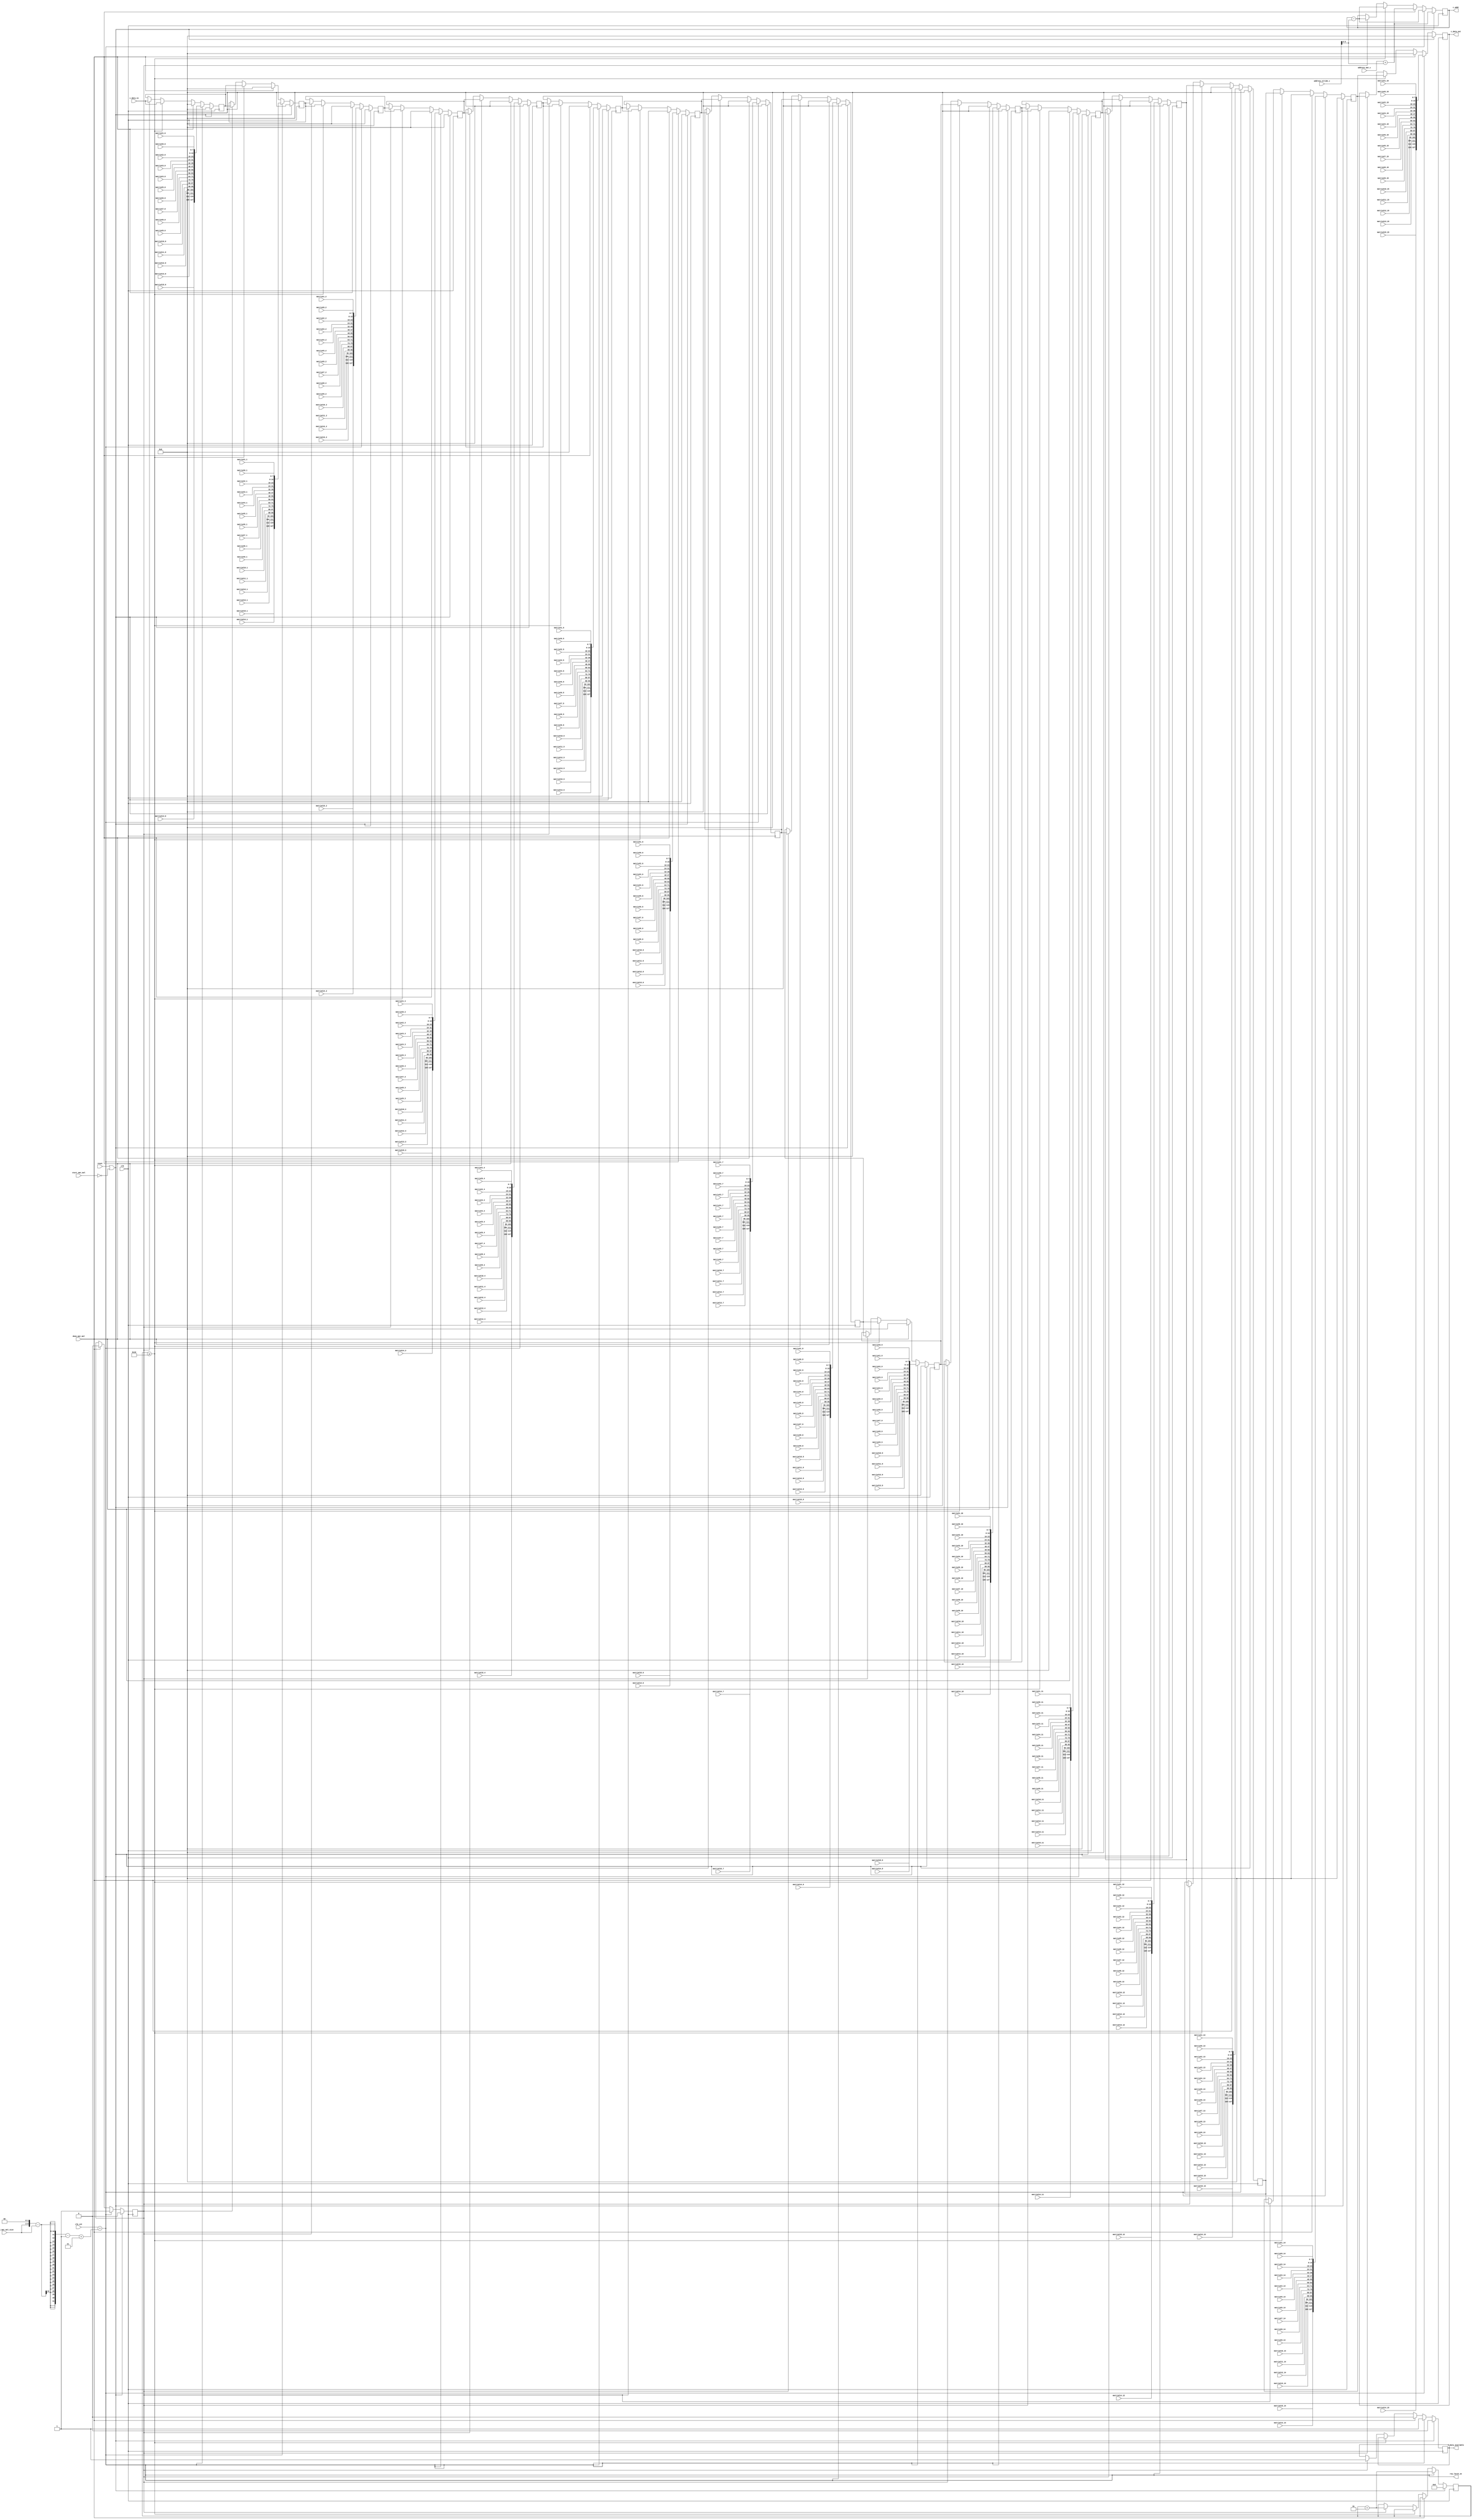
`define SIMULATION
`define DWIDTH 8
`define DESIGN_SIZE 16
`define LOG2_DESIGN_SIZE 5
`define MAT_MUL_SIZE 16
`define MASK_WIDTH 16
`define LOG2_MAT_MUL_SIZE 5
`define AWIDTH 10
`define NUM_CYCLES_IN_MAC 3
`define MEM_ACCESS_LATENCY 1
`define REG_DATAWIDTH 32
`define REG_ADDRWIDTH 8
`define ADDR_STRIDE_WIDTH 16
`define MAX_BITS_POOL 3
`define REG_ENABLES_ADDR 32'h0
`define REG_STDN_TPU_ADDR 32'h4
`define REG_MEAN_ADDR 32'h8
`define REG_INV_VAR_ADDR 32'hA
`define REG_MATRIX_A_ADDR 32'he
`define REG_MATRIX_B_ADDR 32'h12
`define REG_MATRIX_C_ADDR 32'h16
`define REG_ACCUM_ACTIONS_ADDR 32'h24
`define REG_MATRIX_A_STRIDE_ADDR 32'h28
`define REG_MATRIX_B_STRIDE_ADDR 32'h32
`define REG_MATRIX_C_STRIDE_ADDR 32'h36
`define REG_ACTIVATION_CSR_ADDR 32'h3A
`define REG_POOL_WINDOW_ADDR 32'h3E
`define REG_CONV_PARAMS_1_ADDR 32'h40
`define REG_CONV_PARAMS_2_ADDR 32'h44
`define REG_CONV_PARAMS_3_ADDR 32'h48
`define REG_CONV_PARAMS_4_ADDR 32'h4C
`define REG_BATCH_SIZE_ADDR 32'h50
`define REG_VALID_MASK_A_ROWS_ADDR 32'h20
`define REG_VALID_MASK_A_COLS_ADDR 32'h54
`define REG_VALID_MASK_B_ROWS_ADDR 32'h5c
`define REG_VALID_MASK_B_COLS_ADDR 32'h58
//This used to be a normal signal, but changing it to a `define.
`define final_mat_mul_size 16
`define IDLE     2'b00
`define W_ENABLE  2'b01
`define R_ENABLE  2'b10
`define STATE_INIT         4'b0000
`define STATE_MATMUL       4'b0001
`define STATE_NORM         4'b0010
`define STATE_POOL         4'b0011
`define STATE_ACTIVATION   4'b0100
`define STATE_DONE         4'b0101

module output_logic(
start_mat_mul,
done_mat_mul,
address_mat_c,
address_stride_c,
c_data_in,
c_data_out, //Data values going out to next matmul - systolic shifting
c_addr,
c_data_available,
clk_cnt,
row_latch_en,

final_mat_mul_size,
  matrixC0_0,
matrixC0_1,
matrixC0_2,
matrixC0_3,
matrixC0_4,
matrixC0_5,
matrixC0_6,
matrixC0_7,
matrixC0_8,
matrixC0_9,
matrixC0_10,
matrixC0_11,
matrixC0_12,
matrixC0_13,
matrixC0_14,
matrixC0_15,
matrixC1_0,
matrixC1_1,
matrixC1_2,
matrixC1_3,
matrixC1_4,
matrixC1_5,
matrixC1_6,
matrixC1_7,
matrixC1_8,
matrixC1_9,
matrixC1_10,
matrixC1_11,
matrixC1_12,
matrixC1_13,
matrixC1_14,
matrixC1_15,
matrixC2_0,
matrixC2_1,
matrixC2_2,
matrixC2_3,
matrixC2_4,
matrixC2_5,
matrixC2_6,
matrixC2_7,
matrixC2_8,
matrixC2_9,
matrixC2_10,
matrixC2_11,
matrixC2_12,
matrixC2_13,
matrixC2_14,
matrixC2_15,
matrixC3_0,
matrixC3_1,
matrixC3_2,
matrixC3_3,
matrixC3_4,
matrixC3_5,
matrixC3_6,
matrixC3_7,
matrixC3_8,
matrixC3_9,
matrixC3_10,
matrixC3_11,
matrixC3_12,
matrixC3_13,
matrixC3_14,
matrixC3_15,
matrixC4_0,
matrixC4_1,
matrixC4_2,
matrixC4_3,
matrixC4_4,
matrixC4_5,
matrixC4_6,
matrixC4_7,
matrixC4_8,
matrixC4_9,
matrixC4_10,
matrixC4_11,
matrixC4_12,
matrixC4_13,
matrixC4_14,
matrixC4_15,
matrixC5_0,
matrixC5_1,
matrixC5_2,
matrixC5_3,
matrixC5_4,
matrixC5_5,
matrixC5_6,
matrixC5_7,
matrixC5_8,
matrixC5_9,
matrixC5_10,
matrixC5_11,
matrixC5_12,
matrixC5_13,
matrixC5_14,
matrixC5_15,
matrixC6_0,
matrixC6_1,
matrixC6_2,
matrixC6_3,
matrixC6_4,
matrixC6_5,
matrixC6_6,
matrixC6_7,
matrixC6_8,
matrixC6_9,
matrixC6_10,
matrixC6_11,
matrixC6_12,
matrixC6_13,
matrixC6_14,
matrixC6_15,
matrixC7_0,
matrixC7_1,
matrixC7_2,
matrixC7_3,
matrixC7_4,
matrixC7_5,
matrixC7_6,
matrixC7_7,
matrixC7_8,
matrixC7_9,
matrixC7_10,
matrixC7_11,
matrixC7_12,
matrixC7_13,
matrixC7_14,
matrixC7_15,
matrixC8_0,
matrixC8_1,
matrixC8_2,
matrixC8_3,
matrixC8_4,
matrixC8_5,
matrixC8_6,
matrixC8_7,
matrixC8_8,
matrixC8_9,
matrixC8_10,
matrixC8_11,
matrixC8_12,
matrixC8_13,
matrixC8_14,
matrixC8_15,
matrixC9_0,
matrixC9_1,
matrixC9_2,
matrixC9_3,
matrixC9_4,
matrixC9_5,
matrixC9_6,
matrixC9_7,
matrixC9_8,
matrixC9_9,
matrixC9_10,
matrixC9_11,
matrixC9_12,
matrixC9_13,
matrixC9_14,
matrixC9_15,
matrixC10_0,
matrixC10_1,
matrixC10_2,
matrixC10_3,
matrixC10_4,
matrixC10_5,
matrixC10_6,
matrixC10_7,
matrixC10_8,
matrixC10_9,
matrixC10_10,
matrixC10_11,
matrixC10_12,
matrixC10_13,
matrixC10_14,
matrixC10_15,
matrixC11_0,
matrixC11_1,
matrixC11_2,
matrixC11_3,
matrixC11_4,
matrixC11_5,
matrixC11_6,
matrixC11_7,
matrixC11_8,
matrixC11_9,
matrixC11_10,
matrixC11_11,
matrixC11_12,
matrixC11_13,
matrixC11_14,
matrixC11_15,
matrixC12_0,
matrixC12_1,
matrixC12_2,
matrixC12_3,
matrixC12_4,
matrixC12_5,
matrixC12_6,
matrixC12_7,
matrixC12_8,
matrixC12_9,
matrixC12_10,
matrixC12_11,
matrixC12_12,
matrixC12_13,
matrixC12_14,
matrixC12_15,
matrixC13_0,
matrixC13_1,
matrixC13_2,
matrixC13_3,
matrixC13_4,
matrixC13_5,
matrixC13_6,
matrixC13_7,
matrixC13_8,
matrixC13_9,
matrixC13_10,
matrixC13_11,
matrixC13_12,
matrixC13_13,
matrixC13_14,
matrixC13_15,
matrixC14_0,
matrixC14_1,
matrixC14_2,
matrixC14_3,
matrixC14_4,
matrixC14_5,
matrixC14_6,
matrixC14_7,
matrixC14_8,
matrixC14_9,
matrixC14_10,
matrixC14_11,
matrixC14_12,
matrixC14_13,
matrixC14_14,
matrixC14_15,
matrixC15_0,
matrixC15_1,
matrixC15_2,
matrixC15_3,
matrixC15_4,
matrixC15_5,
matrixC15_6,
matrixC15_7,
matrixC15_8,
matrixC15_9,
matrixC15_10,
matrixC15_11,
matrixC15_12,
matrixC15_13,
matrixC15_14,
matrixC15_15,

clk,
reset
);

input clk;
input reset;
input start_mat_mul;
input done_mat_mul;
input [`AWIDTH-1:0] address_mat_c;
input [`ADDR_STRIDE_WIDTH-1:0] address_stride_c;
input [`MAT_MUL_SIZE*`DWIDTH-1:0] c_data_in;
output [`MAT_MUL_SIZE*`DWIDTH-1:0] c_data_out;
output [`AWIDTH-1:0] c_addr;
output c_data_available;
input [7:0] clk_cnt;
output row_latch_en;

input [7:0] final_mat_mul_size;
  input [`DWIDTH-1:0] matrixC0_0;
input [`DWIDTH-1:0] matrixC0_1;
input [`DWIDTH-1:0] matrixC0_2;
input [`DWIDTH-1:0] matrixC0_3;
input [`DWIDTH-1:0] matrixC0_4;
input [`DWIDTH-1:0] matrixC0_5;
input [`DWIDTH-1:0] matrixC0_6;
input [`DWIDTH-1:0] matrixC0_7;
input [`DWIDTH-1:0] matrixC0_8;
input [`DWIDTH-1:0] matrixC0_9;
input [`DWIDTH-1:0] matrixC0_10;
input [`DWIDTH-1:0] matrixC0_11;
input [`DWIDTH-1:0] matrixC0_12;
input [`DWIDTH-1:0] matrixC0_13;
input [`DWIDTH-1:0] matrixC0_14;
input [`DWIDTH-1:0] matrixC0_15;
input [`DWIDTH-1:0] matrixC1_0;
input [`DWIDTH-1:0] matrixC1_1;
input [`DWIDTH-1:0] matrixC1_2;
input [`DWIDTH-1:0] matrixC1_3;
input [`DWIDTH-1:0] matrixC1_4;
input [`DWIDTH-1:0] matrixC1_5;
input [`DWIDTH-1:0] matrixC1_6;
input [`DWIDTH-1:0] matrixC1_7;
input [`DWIDTH-1:0] matrixC1_8;
input [`DWIDTH-1:0] matrixC1_9;
input [`DWIDTH-1:0] matrixC1_10;
input [`DWIDTH-1:0] matrixC1_11;
input [`DWIDTH-1:0] matrixC1_12;
input [`DWIDTH-1:0] matrixC1_13;
input [`DWIDTH-1:0] matrixC1_14;
input [`DWIDTH-1:0] matrixC1_15;
input [`DWIDTH-1:0] matrixC2_0;
input [`DWIDTH-1:0] matrixC2_1;
input [`DWIDTH-1:0] matrixC2_2;
input [`DWIDTH-1:0] matrixC2_3;
input [`DWIDTH-1:0] matrixC2_4;
input [`DWIDTH-1:0] matrixC2_5;
input [`DWIDTH-1:0] matrixC2_6;
input [`DWIDTH-1:0] matrixC2_7;
input [`DWIDTH-1:0] matrixC2_8;
input [`DWIDTH-1:0] matrixC2_9;
input [`DWIDTH-1:0] matrixC2_10;
input [`DWIDTH-1:0] matrixC2_11;
input [`DWIDTH-1:0] matrixC2_12;
input [`DWIDTH-1:0] matrixC2_13;
input [`DWIDTH-1:0] matrixC2_14;
input [`DWIDTH-1:0] matrixC2_15;
input [`DWIDTH-1:0] matrixC3_0;
input [`DWIDTH-1:0] matrixC3_1;
input [`DWIDTH-1:0] matrixC3_2;
input [`DWIDTH-1:0] matrixC3_3;
input [`DWIDTH-1:0] matrixC3_4;
input [`DWIDTH-1:0] matrixC3_5;
input [`DWIDTH-1:0] matrixC3_6;
input [`DWIDTH-1:0] matrixC3_7;
input [`DWIDTH-1:0] matrixC3_8;
input [`DWIDTH-1:0] matrixC3_9;
input [`DWIDTH-1:0] matrixC3_10;
input [`DWIDTH-1:0] matrixC3_11;
input [`DWIDTH-1:0] matrixC3_12;
input [`DWIDTH-1:0] matrixC3_13;
input [`DWIDTH-1:0] matrixC3_14;
input [`DWIDTH-1:0] matrixC3_15;
input [`DWIDTH-1:0] matrixC4_0;
input [`DWIDTH-1:0] matrixC4_1;
input [`DWIDTH-1:0] matrixC4_2;
input [`DWIDTH-1:0] matrixC4_3;
input [`DWIDTH-1:0] matrixC4_4;
input [`DWIDTH-1:0] matrixC4_5;
input [`DWIDTH-1:0] matrixC4_6;
input [`DWIDTH-1:0] matrixC4_7;
input [`DWIDTH-1:0] matrixC4_8;
input [`DWIDTH-1:0] matrixC4_9;
input [`DWIDTH-1:0] matrixC4_10;
input [`DWIDTH-1:0] matrixC4_11;
input [`DWIDTH-1:0] matrixC4_12;
input [`DWIDTH-1:0] matrixC4_13;
input [`DWIDTH-1:0] matrixC4_14;
input [`DWIDTH-1:0] matrixC4_15;
input [`DWIDTH-1:0] matrixC5_0;
input [`DWIDTH-1:0] matrixC5_1;
input [`DWIDTH-1:0] matrixC5_2;
input [`DWIDTH-1:0] matrixC5_3;
input [`DWIDTH-1:0] matrixC5_4;
input [`DWIDTH-1:0] matrixC5_5;
input [`DWIDTH-1:0] matrixC5_6;
input [`DWIDTH-1:0] matrixC5_7;
input [`DWIDTH-1:0] matrixC5_8;
input [`DWIDTH-1:0] matrixC5_9;
input [`DWIDTH-1:0] matrixC5_10;
input [`DWIDTH-1:0] matrixC5_11;
input [`DWIDTH-1:0] matrixC5_12;
input [`DWIDTH-1:0] matrixC5_13;
input [`DWIDTH-1:0] matrixC5_14;
input [`DWIDTH-1:0] matrixC5_15;
input [`DWIDTH-1:0] matrixC6_0;
input [`DWIDTH-1:0] matrixC6_1;
input [`DWIDTH-1:0] matrixC6_2;
input [`DWIDTH-1:0] matrixC6_3;
input [`DWIDTH-1:0] matrixC6_4;
input [`DWIDTH-1:0] matrixC6_5;
input [`DWIDTH-1:0] matrixC6_6;
input [`DWIDTH-1:0] matrixC6_7;
input [`DWIDTH-1:0] matrixC6_8;
input [`DWIDTH-1:0] matrixC6_9;
input [`DWIDTH-1:0] matrixC6_10;
input [`DWIDTH-1:0] matrixC6_11;
input [`DWIDTH-1:0] matrixC6_12;
input [`DWIDTH-1:0] matrixC6_13;
input [`DWIDTH-1:0] matrixC6_14;
input [`DWIDTH-1:0] matrixC6_15;
input [`DWIDTH-1:0] matrixC7_0;
input [`DWIDTH-1:0] matrixC7_1;
input [`DWIDTH-1:0] matrixC7_2;
input [`DWIDTH-1:0] matrixC7_3;
input [`DWIDTH-1:0] matrixC7_4;
input [`DWIDTH-1:0] matrixC7_5;
input [`DWIDTH-1:0] matrixC7_6;
input [`DWIDTH-1:0] matrixC7_7;
input [`DWIDTH-1:0] matrixC7_8;
input [`DWIDTH-1:0] matrixC7_9;
input [`DWIDTH-1:0] matrixC7_10;
input [`DWIDTH-1:0] matrixC7_11;
input [`DWIDTH-1:0] matrixC7_12;
input [`DWIDTH-1:0] matrixC7_13;
input [`DWIDTH-1:0] matrixC7_14;
input [`DWIDTH-1:0] matrixC7_15;
input [`DWIDTH-1:0] matrixC8_0;
input [`DWIDTH-1:0] matrixC8_1;
input [`DWIDTH-1:0] matrixC8_2;
input [`DWIDTH-1:0] matrixC8_3;
input [`DWIDTH-1:0] matrixC8_4;
input [`DWIDTH-1:0] matrixC8_5;
input [`DWIDTH-1:0] matrixC8_6;
input [`DWIDTH-1:0] matrixC8_7;
input [`DWIDTH-1:0] matrixC8_8;
input [`DWIDTH-1:0] matrixC8_9;
input [`DWIDTH-1:0] matrixC8_10;
input [`DWIDTH-1:0] matrixC8_11;
input [`DWIDTH-1:0] matrixC8_12;
input [`DWIDTH-1:0] matrixC8_13;
input [`DWIDTH-1:0] matrixC8_14;
input [`DWIDTH-1:0] matrixC8_15;
input [`DWIDTH-1:0] matrixC9_0;
input [`DWIDTH-1:0] matrixC9_1;
input [`DWIDTH-1:0] matrixC9_2;
input [`DWIDTH-1:0] matrixC9_3;
input [`DWIDTH-1:0] matrixC9_4;
input [`DWIDTH-1:0] matrixC9_5;
input [`DWIDTH-1:0] matrixC9_6;
input [`DWIDTH-1:0] matrixC9_7;
input [`DWIDTH-1:0] matrixC9_8;
input [`DWIDTH-1:0] matrixC9_9;
input [`DWIDTH-1:0] matrixC9_10;
input [`DWIDTH-1:0] matrixC9_11;
input [`DWIDTH-1:0] matrixC9_12;
input [`DWIDTH-1:0] matrixC9_13;
input [`DWIDTH-1:0] matrixC9_14;
input [`DWIDTH-1:0] matrixC9_15;
input [`DWIDTH-1:0] matrixC10_0;
input [`DWIDTH-1:0] matrixC10_1;
input [`DWIDTH-1:0] matrixC10_2;
input [`DWIDTH-1:0] matrixC10_3;
input [`DWIDTH-1:0] matrixC10_4;
input [`DWIDTH-1:0] matrixC10_5;
input [`DWIDTH-1:0] matrixC10_6;
input [`DWIDTH-1:0] matrixC10_7;
input [`DWIDTH-1:0] matrixC10_8;
input [`DWIDTH-1:0] matrixC10_9;
input [`DWIDTH-1:0] matrixC10_10;
input [`DWIDTH-1:0] matrixC10_11;
input [`DWIDTH-1:0] matrixC10_12;
input [`DWIDTH-1:0] matrixC10_13;
input [`DWIDTH-1:0] matrixC10_14;
input [`DWIDTH-1:0] matrixC10_15;
input [`DWIDTH-1:0] matrixC11_0;
input [`DWIDTH-1:0] matrixC11_1;
input [`DWIDTH-1:0] matrixC11_2;
input [`DWIDTH-1:0] matrixC11_3;
input [`DWIDTH-1:0] matrixC11_4;
input [`DWIDTH-1:0] matrixC11_5;
input [`DWIDTH-1:0] matrixC11_6;
input [`DWIDTH-1:0] matrixC11_7;
input [`DWIDTH-1:0] matrixC11_8;
input [`DWIDTH-1:0] matrixC11_9;
input [`DWIDTH-1:0] matrixC11_10;
input [`DWIDTH-1:0] matrixC11_11;
input [`DWIDTH-1:0] matrixC11_12;
input [`DWIDTH-1:0] matrixC11_13;
input [`DWIDTH-1:0] matrixC11_14;
input [`DWIDTH-1:0] matrixC11_15;
input [`DWIDTH-1:0] matrixC12_0;
input [`DWIDTH-1:0] matrixC12_1;
input [`DWIDTH-1:0] matrixC12_2;
input [`DWIDTH-1:0] matrixC12_3;
input [`DWIDTH-1:0] matrixC12_4;
input [`DWIDTH-1:0] matrixC12_5;
input [`DWIDTH-1:0] matrixC12_6;
input [`DWIDTH-1:0] matrixC12_7;
input [`DWIDTH-1:0] matrixC12_8;
input [`DWIDTH-1:0] matrixC12_9;
input [`DWIDTH-1:0] matrixC12_10;
input [`DWIDTH-1:0] matrixC12_11;
input [`DWIDTH-1:0] matrixC12_12;
input [`DWIDTH-1:0] matrixC12_13;
input [`DWIDTH-1:0] matrixC12_14;
input [`DWIDTH-1:0] matrixC12_15;
input [`DWIDTH-1:0] matrixC13_0;
input [`DWIDTH-1:0] matrixC13_1;
input [`DWIDTH-1:0] matrixC13_2;
input [`DWIDTH-1:0] matrixC13_3;
input [`DWIDTH-1:0] matrixC13_4;
input [`DWIDTH-1:0] matrixC13_5;
input [`DWIDTH-1:0] matrixC13_6;
input [`DWIDTH-1:0] matrixC13_7;
input [`DWIDTH-1:0] matrixC13_8;
input [`DWIDTH-1:0] matrixC13_9;
input [`DWIDTH-1:0] matrixC13_10;
input [`DWIDTH-1:0] matrixC13_11;
input [`DWIDTH-1:0] matrixC13_12;
input [`DWIDTH-1:0] matrixC13_13;
input [`DWIDTH-1:0] matrixC13_14;
input [`DWIDTH-1:0] matrixC13_15;
input [`DWIDTH-1:0] matrixC14_0;
input [`DWIDTH-1:0] matrixC14_1;
input [`DWIDTH-1:0] matrixC14_2;
input [`DWIDTH-1:0] matrixC14_3;
input [`DWIDTH-1:0] matrixC14_4;
input [`DWIDTH-1:0] matrixC14_5;
input [`DWIDTH-1:0] matrixC14_6;
input [`DWIDTH-1:0] matrixC14_7;
input [`DWIDTH-1:0] matrixC14_8;
input [`DWIDTH-1:0] matrixC14_9;
input [`DWIDTH-1:0] matrixC14_10;
input [`DWIDTH-1:0] matrixC14_11;
input [`DWIDTH-1:0] matrixC14_12;
input [`DWIDTH-1:0] matrixC14_13;
input [`DWIDTH-1:0] matrixC14_14;
input [`DWIDTH-1:0] matrixC14_15;
input [`DWIDTH-1:0] matrixC15_0;
input [`DWIDTH-1:0] matrixC15_1;
input [`DWIDTH-1:0] matrixC15_2;
input [`DWIDTH-1:0] matrixC15_3;
input [`DWIDTH-1:0] matrixC15_4;
input [`DWIDTH-1:0] matrixC15_5;
input [`DWIDTH-1:0] matrixC15_6;
input [`DWIDTH-1:0] matrixC15_7;
input [`DWIDTH-1:0] matrixC15_8;
input [`DWIDTH-1:0] matrixC15_9;
input [`DWIDTH-1:0] matrixC15_10;
input [`DWIDTH-1:0] matrixC15_11;
input [`DWIDTH-1:0] matrixC15_12;
input [`DWIDTH-1:0] matrixC15_13;
input [`DWIDTH-1:0] matrixC15_14;
input [`DWIDTH-1:0] matrixC15_15;
wire row_latch_en;


//////////////////////////////////////////////////////////////////////////
// Logic to capture matrix C data from the PEs and shift it out
//////////////////////////////////////////////////////////////////////////
//assign row_latch_en = (clk_cnt==(`MAT_MUL_SIZE + (a_loc+b_loc) * `BB_MAT_MUL_SIZE + 10 +  `NUM_CYCLES_IN_MAC - 1));
//Writing the line above to avoid multiplication:
//assign row_latch_en = (clk_cnt==(`MAT_MUL_SIZE + ((a_loc+b_loc) << `LOG2_MAT_MUL_SIZE) + 10 +  `NUM_CYCLES_IN_MAC - 1));

assign row_latch_en =  
                       ((clk_cnt == ((final_mat_mul_size<<2) - final_mat_mul_size - 1 +`NUM_CYCLES_IN_MAC)));
    
reg c_data_available;
reg [`AWIDTH-1:0] c_addr;
reg start_capturing_c_data;
integer counter;
reg [16*`DWIDTH-1:0] c_data_out;
reg [16*`DWIDTH-1:0] c_data_out_1;
reg [16*`DWIDTH-1:0] c_data_out_2;
reg [16*`DWIDTH-1:0] c_data_out_3;
reg [16*`DWIDTH-1:0] c_data_out_4;
reg [16*`DWIDTH-1:0] c_data_out_5;
reg [16*`DWIDTH-1:0] c_data_out_6;
reg [16*`DWIDTH-1:0] c_data_out_7;
reg [16*`DWIDTH-1:0] c_data_out_8;
reg [16*`DWIDTH-1:0] c_data_out_9;
reg [16*`DWIDTH-1:0] c_data_out_10;
reg [16*`DWIDTH-1:0] c_data_out_11;
reg [16*`DWIDTH-1:0] c_data_out_12;
reg [16*`DWIDTH-1:0] c_data_out_13;
reg [16*`DWIDTH-1:0] c_data_out_14;
reg [16*`DWIDTH-1:0] c_data_out_15;
wire condition_to_start_shifting_output;
assign condition_to_start_shifting_output = 
                          row_latch_en ;  

  
//For larger matmuls, this logic will have more entries in the case statement
always @(posedge clk) begin
  if (reset | ~start_mat_mul) begin
    start_capturing_c_data <= 1'b0;
    c_data_available <= 1'b0;
    c_addr <= address_mat_c + address_stride_c;
    c_data_out <= 0;
    counter <= 0;

    c_data_out_1 <= 0;
    c_data_out_2 <= 0;
    c_data_out_3 <= 0;
    c_data_out_4 <= 0;
    c_data_out_5 <= 0;
    c_data_out_6 <= 0;
    c_data_out_7 <= 0;
    c_data_out_8 <= 0;
    c_data_out_9 <= 0;
    c_data_out_10 <= 0;
    c_data_out_11 <= 0;
    c_data_out_12 <= 0;
    c_data_out_13 <= 0;
    c_data_out_14 <= 0;
    c_data_out_15 <= 0;
  end else if (condition_to_start_shifting_output) begin
    start_capturing_c_data <= 1'b1;
    c_data_available <= 1'b1;
    c_addr <= c_addr - address_stride_c;
    c_data_out <= {matrixC15_15, matrixC14_15, matrixC13_15, matrixC12_15, matrixC11_15, matrixC10_15, matrixC9_15, matrixC8_15, matrixC7_15, matrixC6_15, matrixC5_15, matrixC4_15, matrixC3_15, matrixC2_15, matrixC1_15, matrixC0_15};
      c_data_out_1 <= {matrixC15_14, matrixC14_14, matrixC13_14, matrixC12_14, matrixC11_14, matrixC10_14, matrixC9_14, matrixC8_14, matrixC7_14, matrixC6_14, matrixC5_14, matrixC4_14, matrixC3_14, matrixC2_14, matrixC1_14, matrixC0_14};
      c_data_out_2 <= {matrixC15_13, matrixC14_13, matrixC13_13, matrixC12_13, matrixC11_13, matrixC10_13, matrixC9_13, matrixC8_13, matrixC7_13, matrixC6_13, matrixC5_13, matrixC4_13, matrixC3_13, matrixC2_13, matrixC1_13, matrixC0_13};
      c_data_out_3 <= {matrixC15_12, matrixC14_12, matrixC13_12, matrixC12_12, matrixC11_12, matrixC10_12, matrixC9_12, matrixC8_12, matrixC7_12, matrixC6_12, matrixC5_12, matrixC4_12, matrixC3_12, matrixC2_12, matrixC1_12, matrixC0_12};
      c_data_out_4 <= {matrixC15_11, matrixC14_11, matrixC13_11, matrixC12_11, matrixC11_11, matrixC10_11, matrixC9_11, matrixC8_11, matrixC7_11, matrixC6_11, matrixC5_11, matrixC4_11, matrixC3_11, matrixC2_11, matrixC1_11, matrixC0_11};
      c_data_out_5 <= {matrixC15_10, matrixC14_10, matrixC13_10, matrixC12_10, matrixC11_10, matrixC10_10, matrixC9_10, matrixC8_10, matrixC7_10, matrixC6_10, matrixC5_10, matrixC4_10, matrixC3_10, matrixC2_10, matrixC1_10, matrixC0_10};
      c_data_out_6 <= {matrixC15_9, matrixC14_9, matrixC13_9, matrixC12_9, matrixC11_9, matrixC10_9, matrixC9_9, matrixC8_9, matrixC7_9, matrixC6_9, matrixC5_9, matrixC4_9, matrixC3_9, matrixC2_9, matrixC1_9, matrixC0_9};
      c_data_out_7 <= {matrixC15_8, matrixC14_8, matrixC13_8, matrixC12_8, matrixC11_8, matrixC10_8, matrixC9_8, matrixC8_8, matrixC7_8, matrixC6_8, matrixC5_8, matrixC4_8, matrixC3_8, matrixC2_8, matrixC1_8, matrixC0_8};
      c_data_out_8 <= {matrixC15_7, matrixC14_7, matrixC13_7, matrixC12_7, matrixC11_7, matrixC10_7, matrixC9_7, matrixC8_7, matrixC7_7, matrixC6_7, matrixC5_7, matrixC4_7, matrixC3_7, matrixC2_7, matrixC1_7, matrixC0_7};
      c_data_out_9 <= {matrixC15_6, matrixC14_6, matrixC13_6, matrixC12_6, matrixC11_6, matrixC10_6, matrixC9_6, matrixC8_6, matrixC7_6, matrixC6_6, matrixC5_6, matrixC4_6, matrixC3_6, matrixC2_6, matrixC1_6, matrixC0_6};
      c_data_out_10 <= {matrixC15_5, matrixC14_5, matrixC13_5, matrixC12_5, matrixC11_5, matrixC10_5, matrixC9_5, matrixC8_5, matrixC7_5, matrixC6_5, matrixC5_5, matrixC4_5, matrixC3_5, matrixC2_5, matrixC1_5, matrixC0_5};
      c_data_out_11 <= {matrixC15_4, matrixC14_4, matrixC13_4, matrixC12_4, matrixC11_4, matrixC10_4, matrixC9_4, matrixC8_4, matrixC7_4, matrixC6_4, matrixC5_4, matrixC4_4, matrixC3_4, matrixC2_4, matrixC1_4, matrixC0_4};
      c_data_out_12 <= {matrixC15_3, matrixC14_3, matrixC13_3, matrixC12_3, matrixC11_3, matrixC10_3, matrixC9_3, matrixC8_3, matrixC7_3, matrixC6_3, matrixC5_3, matrixC4_3, matrixC3_3, matrixC2_3, matrixC1_3, matrixC0_3};
      c_data_out_13 <= {matrixC15_2, matrixC14_2, matrixC13_2, matrixC12_2, matrixC11_2, matrixC10_2, matrixC9_2, matrixC8_2, matrixC7_2, matrixC6_2, matrixC5_2, matrixC4_2, matrixC3_2, matrixC2_2, matrixC1_2, matrixC0_2};
      c_data_out_14 <= {matrixC15_1, matrixC14_1, matrixC13_1, matrixC12_1, matrixC11_1, matrixC10_1, matrixC9_1, matrixC8_1, matrixC7_1, matrixC6_1, matrixC5_1, matrixC4_1, matrixC3_1, matrixC2_1, matrixC1_1, matrixC0_1};
      c_data_out_15 <= {matrixC15_0, matrixC14_0, matrixC13_0, matrixC12_0, matrixC11_0, matrixC10_0, matrixC9_0, matrixC8_0, matrixC7_0, matrixC6_0, matrixC5_0, matrixC4_0, matrixC3_0, matrixC2_0, matrixC1_0, matrixC0_0};

    counter <= counter + 1;
  end else if (done_mat_mul) begin
    start_capturing_c_data <= 1'b0;
    c_data_available <= 1'b0;
    c_addr <= address_mat_c + address_stride_c;
    c_data_out <= 0;

    c_data_out_1 <= 0;
    c_data_out_2 <= 0;
    c_data_out_3 <= 0;
    c_data_out_4 <= 0;
    c_data_out_5 <= 0;
    c_data_out_6 <= 0;
    c_data_out_7 <= 0;
    c_data_out_8 <= 0;
    c_data_out_9 <= 0;
    c_data_out_10 <= 0;
    c_data_out_11 <= 0;
    c_data_out_12 <= 0;
    c_data_out_13 <= 0;
    c_data_out_14 <= 0;
    c_data_out_15 <= 0;
  end 
  else if (counter >= `MAT_MUL_SIZE) begin
    c_data_out <= c_data_out_1;
    c_addr <= c_addr - address_stride_c; 

    c_data_out_1 <= c_data_out_2;
    c_data_out_2 <= c_data_out_3;
    c_data_out_3 <= c_data_out_4;
    c_data_out_4 <= c_data_out_5;
    c_data_out_5 <= c_data_out_6;
    c_data_out_6 <= c_data_out_7;
    c_data_out_7 <= c_data_out_8;
    c_data_out_8 <= c_data_out_9;
    c_data_out_9 <= c_data_out_10;
    c_data_out_10 <= c_data_out_11;
    c_data_out_11 <= c_data_out_12;
    c_data_out_12 <= c_data_out_13;
    c_data_out_13 <= c_data_out_14;
    c_data_out_14 <= c_data_out_15;
    c_data_out_15 <= c_data_in;
  end
  else if (start_capturing_c_data) begin
    c_data_available <= 1'b1;
    c_addr <= c_addr - address_stride_c; 
    counter <= counter + 1;
    c_data_out <= c_data_out_1;

    c_data_out_1 <= c_data_out_2;
    c_data_out_2 <= c_data_out_3;
    c_data_out_3 <= c_data_out_4;
    c_data_out_4 <= c_data_out_5;
    c_data_out_5 <= c_data_out_6;
    c_data_out_6 <= c_data_out_7;
    c_data_out_7 <= c_data_out_8;
    c_data_out_8 <= c_data_out_9;
    c_data_out_9 <= c_data_out_10;
    c_data_out_10 <= c_data_out_11;
    c_data_out_11 <= c_data_out_12;
    c_data_out_12 <= c_data_out_13;
    c_data_out_13 <= c_data_out_14;
    c_data_out_14 <= c_data_out_15;
    c_data_out_15 <= c_data_in;
  end
end

endmodule